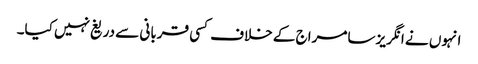
انہوں نے انگریز سامراج کے خلاف کسی قربانی سے دریغ نہیں کیا۔